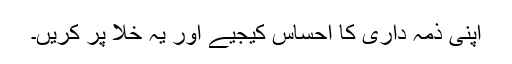
اپنی ذمہ داری کا احساس کیجیے اور یہ خلا پر کریں۔